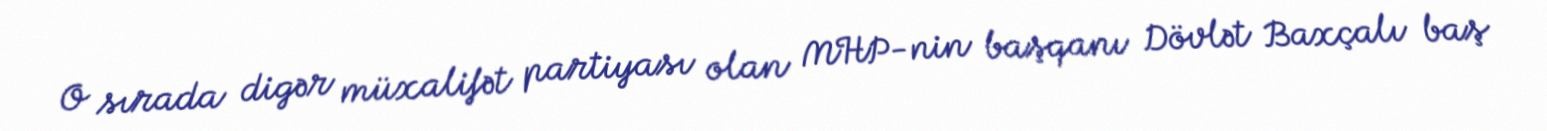
O sırada digər müxalifət partiyası olan MHP-nin başqanı Dövlət Baxçalı baş